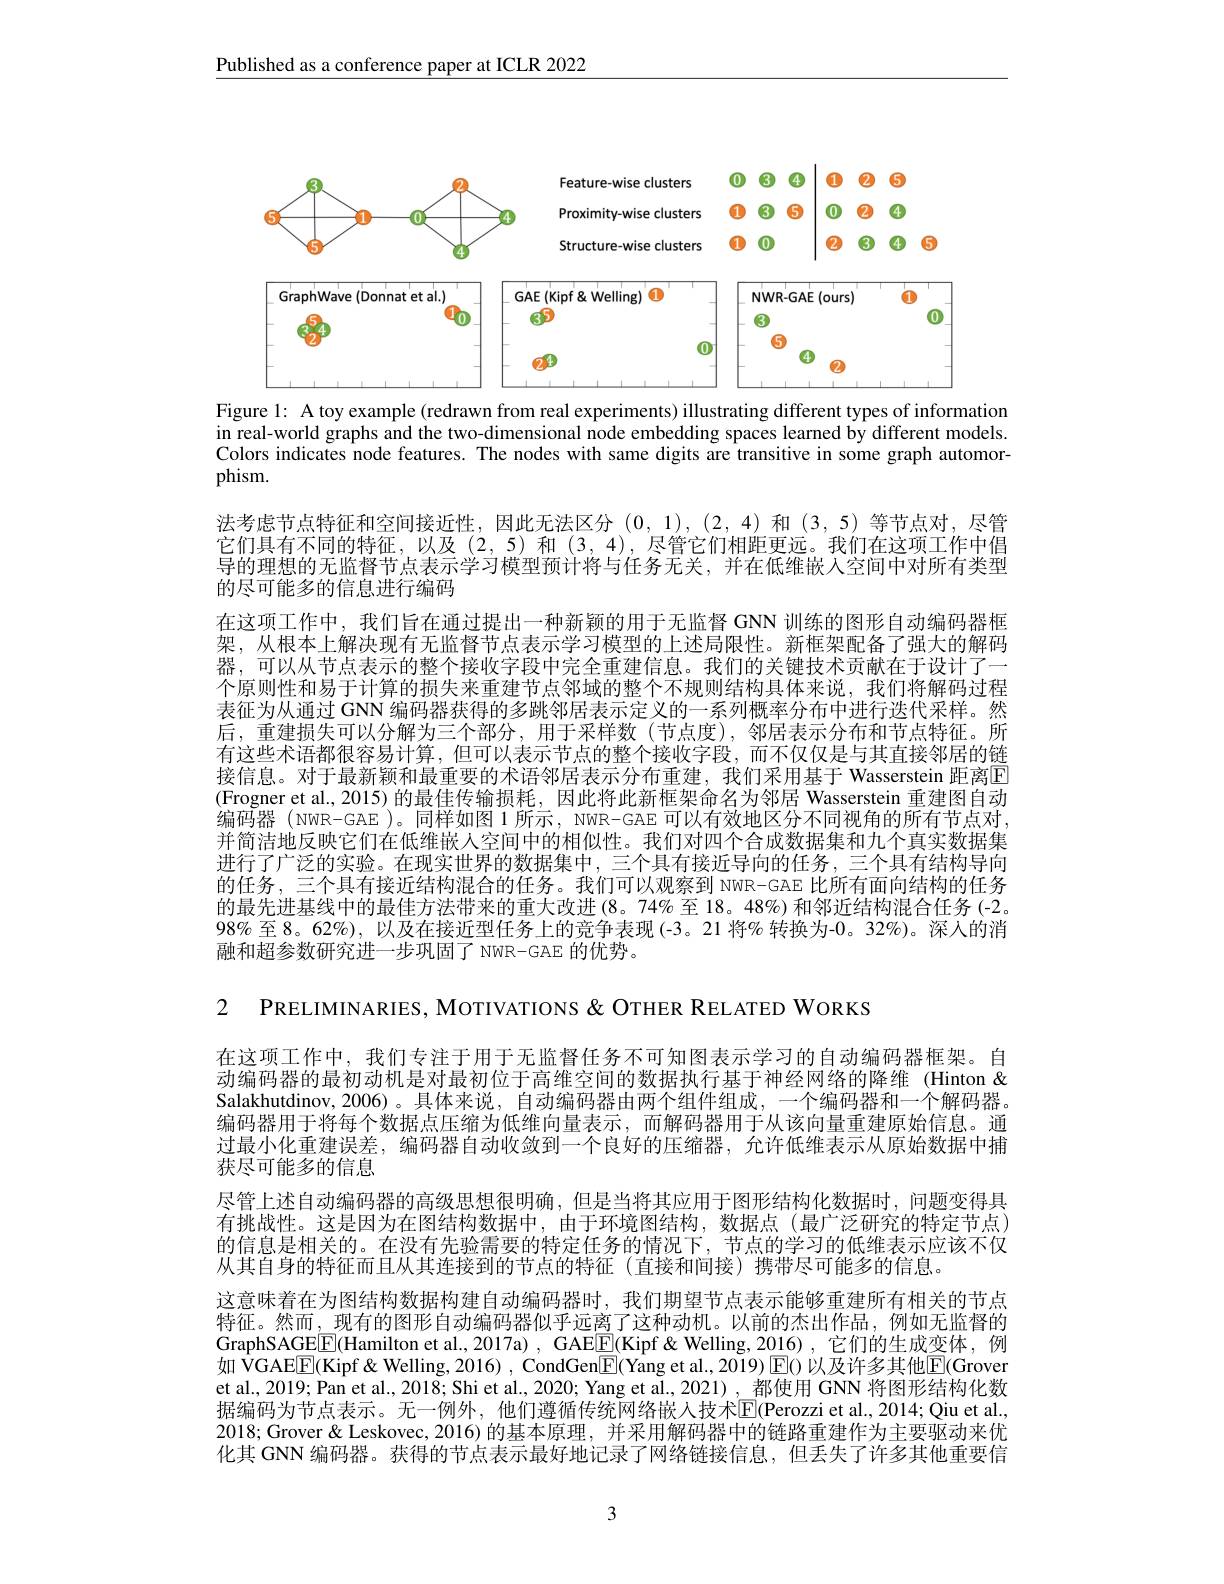
Published as a conference paper at ICLR 2022

<FigureHere>
Figure 1: A toy example (redrawn from real experiments) illustrating different types of information

in real-world graphs and the two-dimensional node embedding spaces learned by different models. Colors indicates node features. The nodes with same digits are transitive in some graph automorphism.

法考虑节点特征和空间接近性，因此无法区分(0,1),(2,4)和(3,5)等节点对，尽管它们具有不同的特征，以及(2,5)和(3,4),尽管它们相距更远。我们在这项工作中倡导的理想的无监督节点表示学习模型预计将与任务无关，并在低维嵌人空间中对所有类型的尽可能多的信息进行编码
在这项工作中，我们旨在通过提出一种新颖的用于无监督 GNN 训练的图形自动编码器框架，从根本上解决现有无监督节点表示学习模型的上述局限性。新框架配备了强大的解码器，可以从节点表示的整个接收字段中完全重建信息。我们的关键技术贡献在于设计了一个原则性和易于计算的损失来重建节点邻域的整个不规则结构具体来说，我们将解码过程表征为从通过 GNN 编码器获得的多跳邻居表示定义的一系列概率分布中进行迭代采样。然后，重建损失可以分解为三个部分，用于采样数(节点度),邻居表示分布和节点特征。所有这些术语都很容易计算，但可以表示节点的整个接收字段，而不仅仅是与其直接邻居的链接信息。对于最新颖和最重要的术语邻居表示分布重建，我们采用基于 Wasserstein 距离E (Frogner et al., 2015) 的最佳传输损耗，因此将此新框架命名为邻居 Wasserstein 重建图自动$\tilde{\text{编码器 (NWR-GAE )。同样如图 1 所示，NWR-GAE 可以有效地区分不同视角的所有节点对}}.$ 并简洁地反映它们在低维嵌人空间中的相似性。我们对四个合成数据集和九个真实数据集进行了广泛的实验。在现实世界的数据集中，三个具有接近导向的任务，三个具有结构导向的任务，三个具有接近结构混合的任务。我们可以观察到 NWR-GAE 比所有面向结构的任务的最先进基线中的最佳方法带来的重大改进(8。74% 至 18。48%)和邻近结构混合任务(-2. $98\%$至 8。62%), 以及在接近型任务上的竞争表现(-3。21 将% 转换为-0。32%)。深人的消融和超参数研究进一步巩固了 NWR-GAE 的优势。

2 PRELIMINARIES, MOTIVATIONS & OTHER RELATED WORKS

在这项工作中，我们专注于用于无监督任务不可知图表示学习的自动编码器框架。自动编码器的最初动机是对最初位于高维空间的数据执行基于神经网络的降维 (Hinton & Salakhutdinov,2006)。具体来说，自动编码器由两个组件组成，一个编码器和一个解码器。编码器用于将每个数据点压缩为低维向量表示，而解码器用于从该向量重建原始信息。通过最小化重建误差，编码器自动收敛到一个良好的压缩器，允许低维表示从原始数据中捕获尽可能多的信息
尽管上述自动编码器的高级思想很明确，但是当将其应用于图形结构化数据时，问题变得具有挑战性。这是因为在图结构数据中，由于环境图结构，数据点(最广泛研究的特定节点) 的信息是相关的。在没有先验需要的特定任务的情况下，节点的学习的低维表示应该不仅从其自身的特征而且从其连接到的节点的特征(直接和间接)携带尽可能多的信息。
这意味着在为图结构数据构建自动编码器时，我们期望节点表示能够重建所有相关的节点特征。然而，现有的图形自动编码器似乎远离了这种动机。以前的杰出作品，例如无监督的GraphSAGEE(Hamilton et al., 2017a) , GAEE(Kipf & Welling, 2016) , 它们的生成变体，例如 VGAEE(Kipf& Welling, 2016) , CondGen$\boxed{\mathrm{F}}($Yang et al., 2019) E() 以及许多其他$\boxed{\mathrm{E}}($Grover et al., 2019; Pan et al., 2018; Shi et al., 2020; Yang et al., 2021) , 都使用 GNN 将图形结构化数据编码为节点表示。无一例外，他们遵循传统网络嵌人技术$\overline{\mathbb{E}}($Perozzi et al.,2014; Qiu et al. 2018; Grover & Leskovec, 2016) 的基本原理，并采用解码器中的链路重建作为主要驱动来优化其 GNN 编码器。获得的节点表示最好地记录了网络链接信息，但丢失了许多其他重要信

3